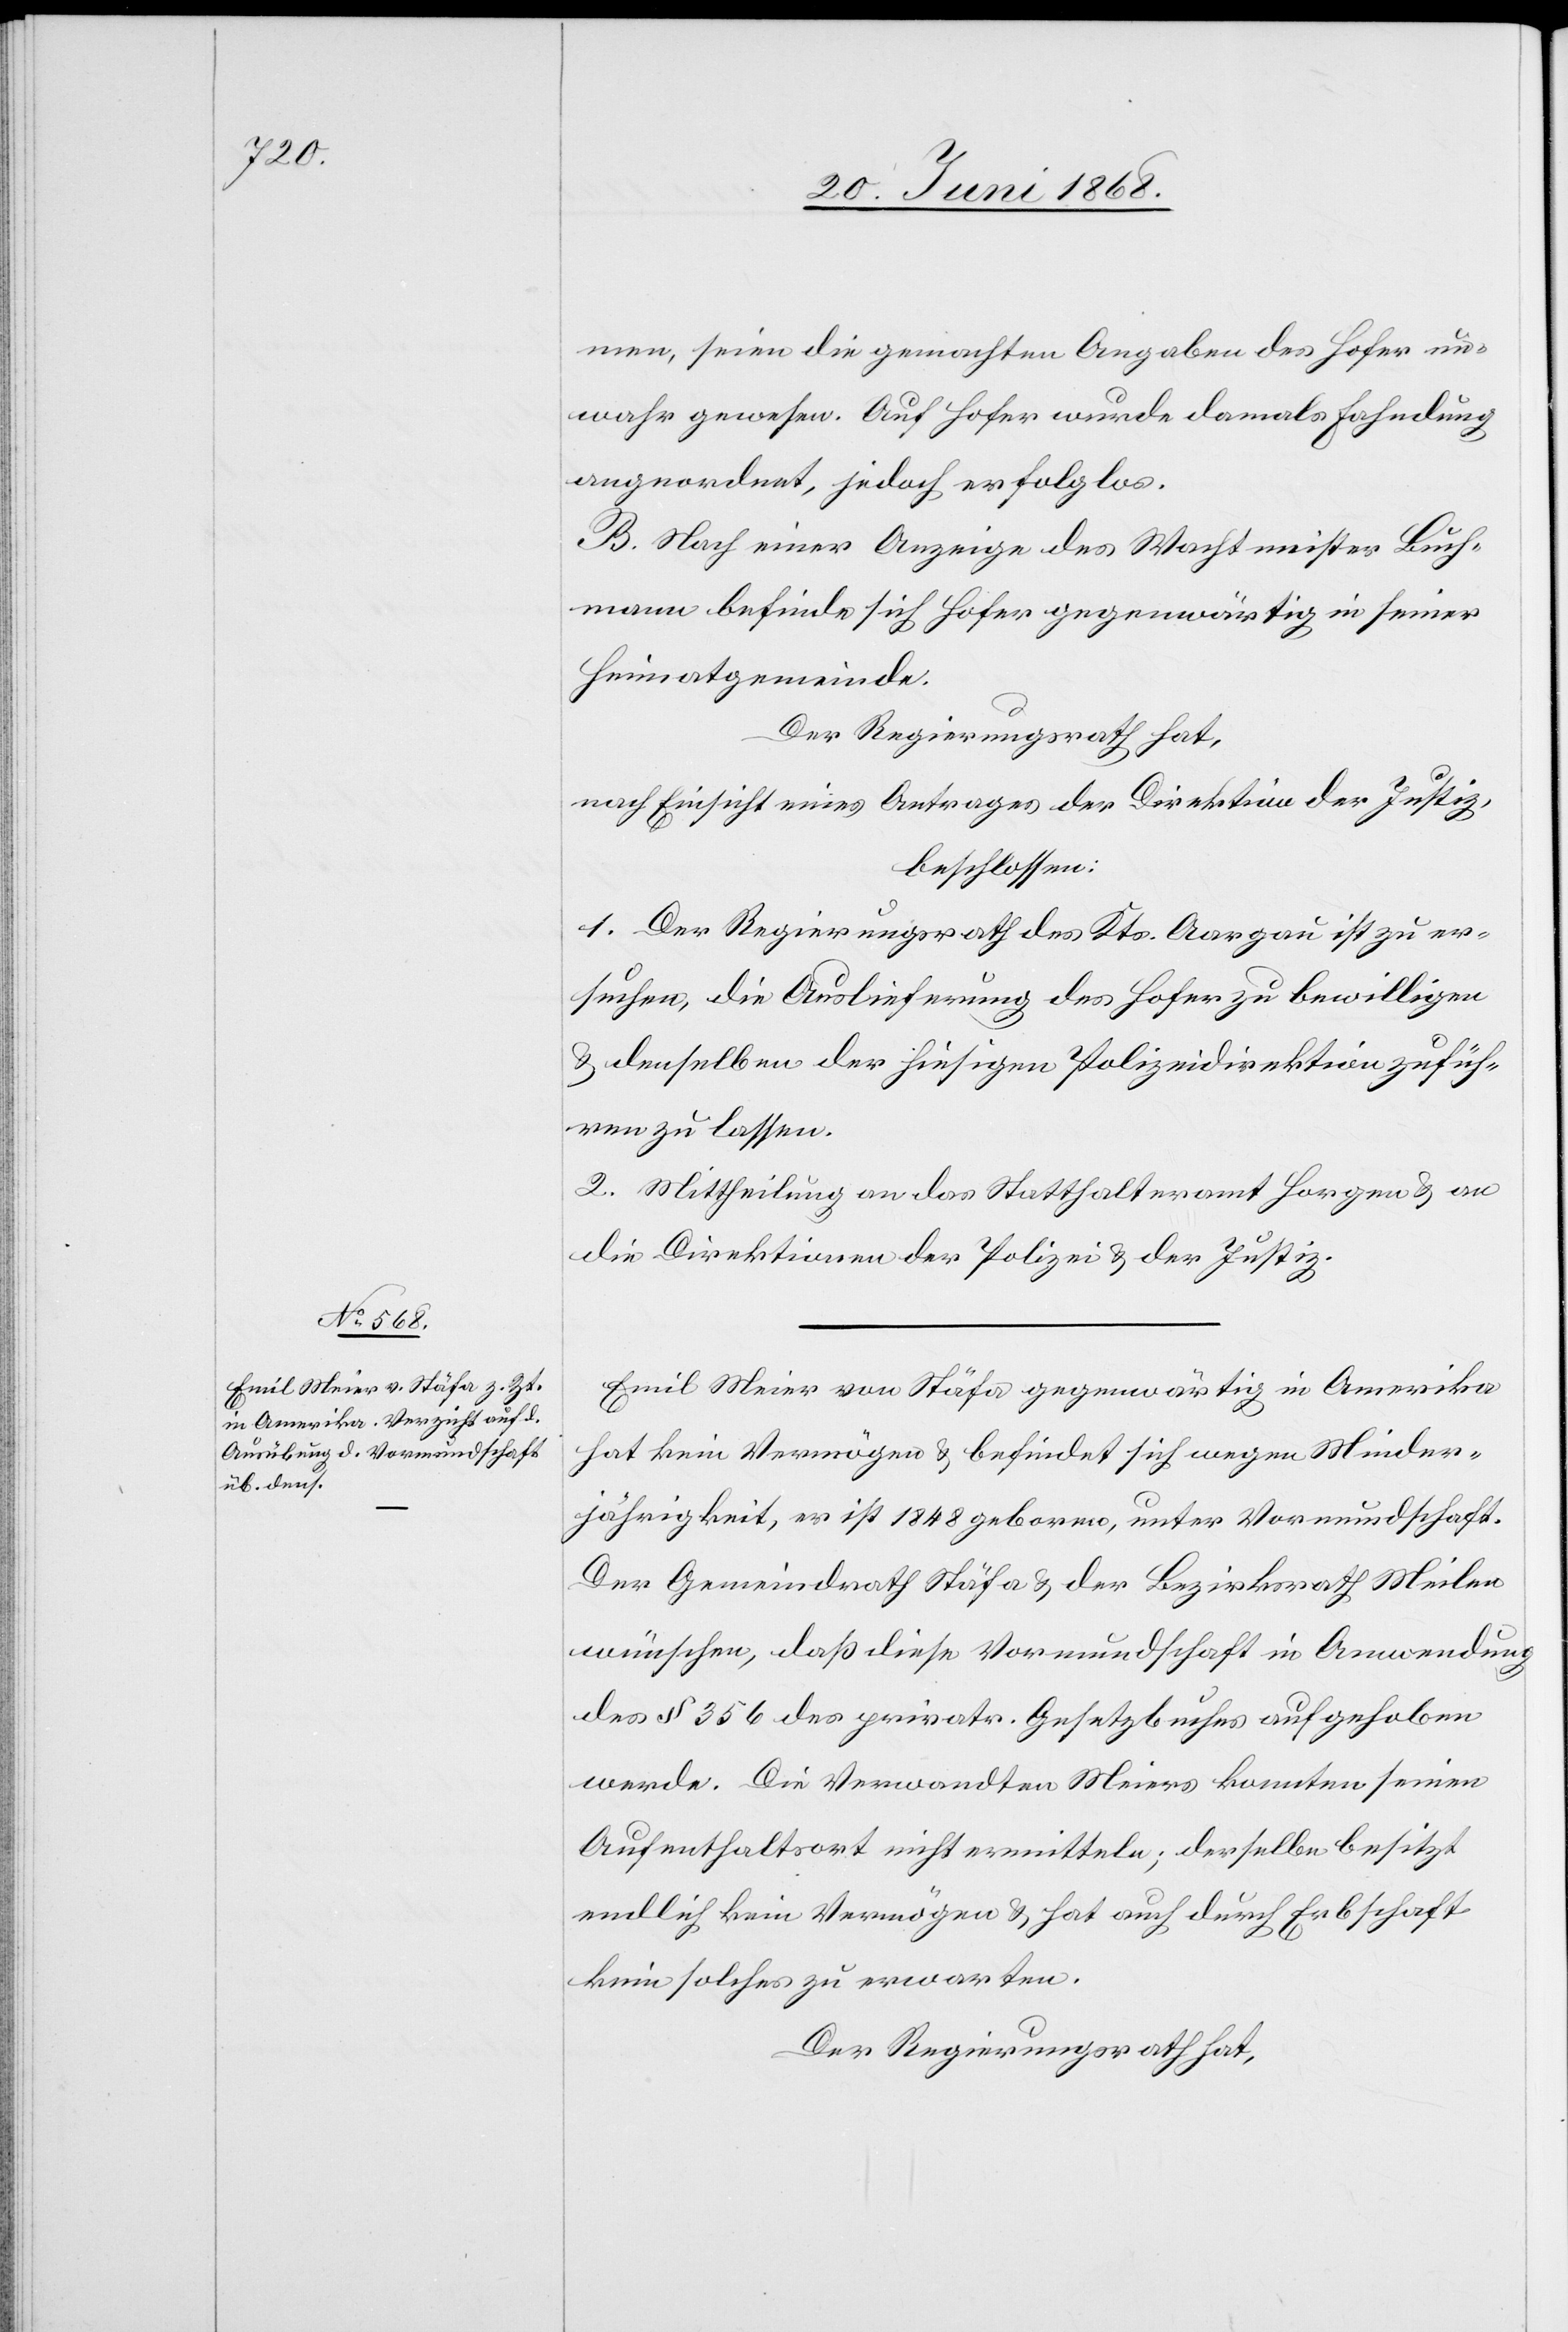
men, seien die gemachten Angaben des Hofer un¬
wahr gewesen. Auf Hofer wurde damals Fahndung
angeordnet, jedoch erfolglos.
B. Nach einer Anzeige des Wachtmeister Buch¬
mann befinde sich Hofer gegenwärtig in seiner
Heimatgemeinde.
Der Regierungsrath hat,
nach Einsicht eines Antrages der Direktion der Justiz,
beschlossen:
1. Der Regierungsrath des Kts. Aargau ist zu er¬
suchen, die Auslieferung des Hofer zu bewilligen
& denselben der hiesigen Polizeidirektion zufüh¬
ren zu lassen.
2. Mittheilung an das Statthalteramt Horgen & an
die Direktionen der Polizei & der Justiz.
Emil Meier von Stäfa gegenwärtig in Amerika
hat kein Vermögen & befindet sich wegen Minder¬
jährigkeit, er ist 1848 geboren, unter Vormundschaft.
Der Gemeindrath Stäfa & der Bezirksrath Meilen
wünschen, daß diese Vormundschaft in Anwendung
des § 356 des privatr. Gesetzbuches aufgehoben
werde. Die Verwandten Meiers konnten seinen
Aufenthaltsort nicht ermitteln; derselbe besitzt
endlich kein Vermögen & hat auch durch Erbschaft
kein solches zu erwarten.
Der Regierungsrath hat,